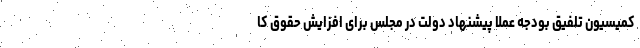
کمیسیون تلفیق بودجه عملا پیشنهاد دولت در مجلس برای افزایش حقوق کا